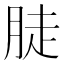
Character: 𦛣